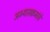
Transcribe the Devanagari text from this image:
अभ्‍यासक्रमांचे